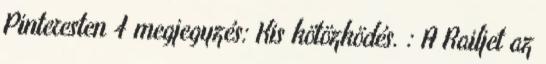
Pinteresten 4 megjegyzés: Kis kötözködés. : A Railjet az